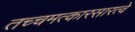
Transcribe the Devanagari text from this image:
तच्चमत्कारसारत्वे